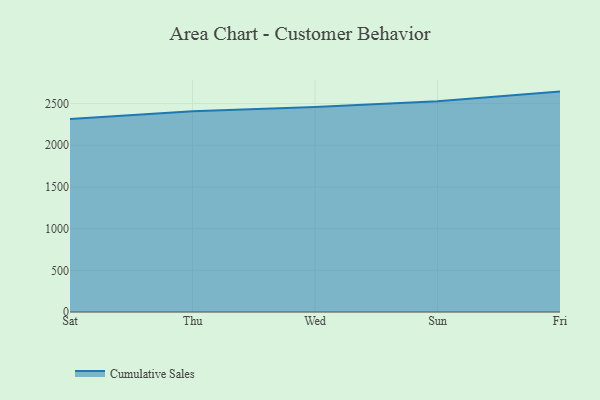
{"axis": {"x": "Day", "y": "Headcount"}, "legend": ["Cumulative Sales"], "data": [{"x": "Sat", "y": 2316.2, "type": "Cumulative Sales"}, {"x": "Thu", "y": 2407.0, "type": "Cumulative Sales"}, {"x": "Wed", "y": 2458.0, "type": "Cumulative Sales"}, {"x": "Sun", "y": 2528.1, "type": "Cumulative Sales"}, {"x": "Fri", "y": 2643.5, "type": "Cumulative Sales"}]}